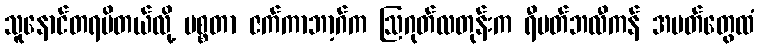
သူနောင်တရမိတယ်လို့ မစ္စတာ ဇက်ကာဘာ့ဂ်က ဩဂုတ်လတုန်းက ရီပတ်ဘလီကန် အမတ်တွေထံ